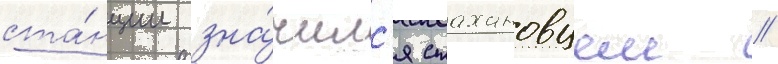
ста́нции зна́чилс'я стахановцем //